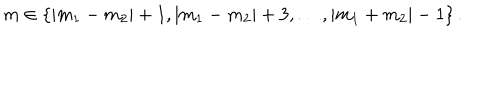
LaTeX: m \in \{ | m _ { 1 } - m _ { 2 } | + 1 , | m _ { 1 } - m _ { 2 } | + 3 , \ldots , | m _ { 1 } + m _ { 2 } | - 1 \} \, .